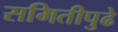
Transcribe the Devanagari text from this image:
समितीपुढे